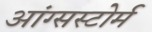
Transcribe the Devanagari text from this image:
आंग्सस्टोर्म